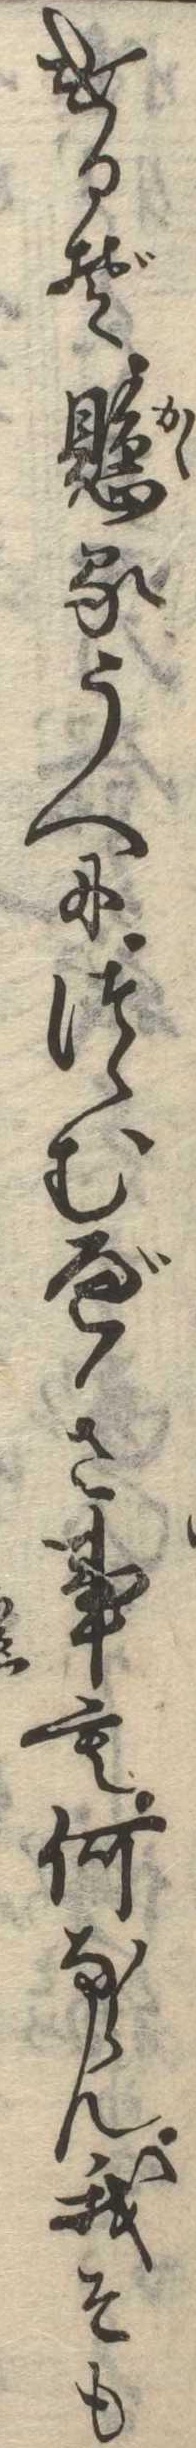
けるぞ懸るうへにつゝむべき事も何ならん我そも